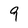
Character: 9